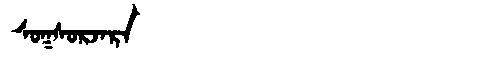
Manchu: ᠰᠣᡴᠰᠣᡵᠵᠠᡵᠠ
Romanization: SOKSORJARA